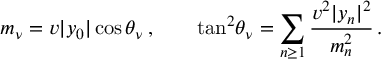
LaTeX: m _ { \nu } = v | y _ { 0 } | \cos \theta _ { \nu } \, , \qquad \tan ^ { 2 } \! \theta _ { \nu } = \sum _ { n \ge 1 } \frac { v ^ { 2 } | y _ { n } | ^ { 2 } } { m _ { n } ^ { 2 } } \, .